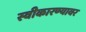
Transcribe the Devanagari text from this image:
स्वीकारण्यावर